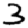
Digit: 3